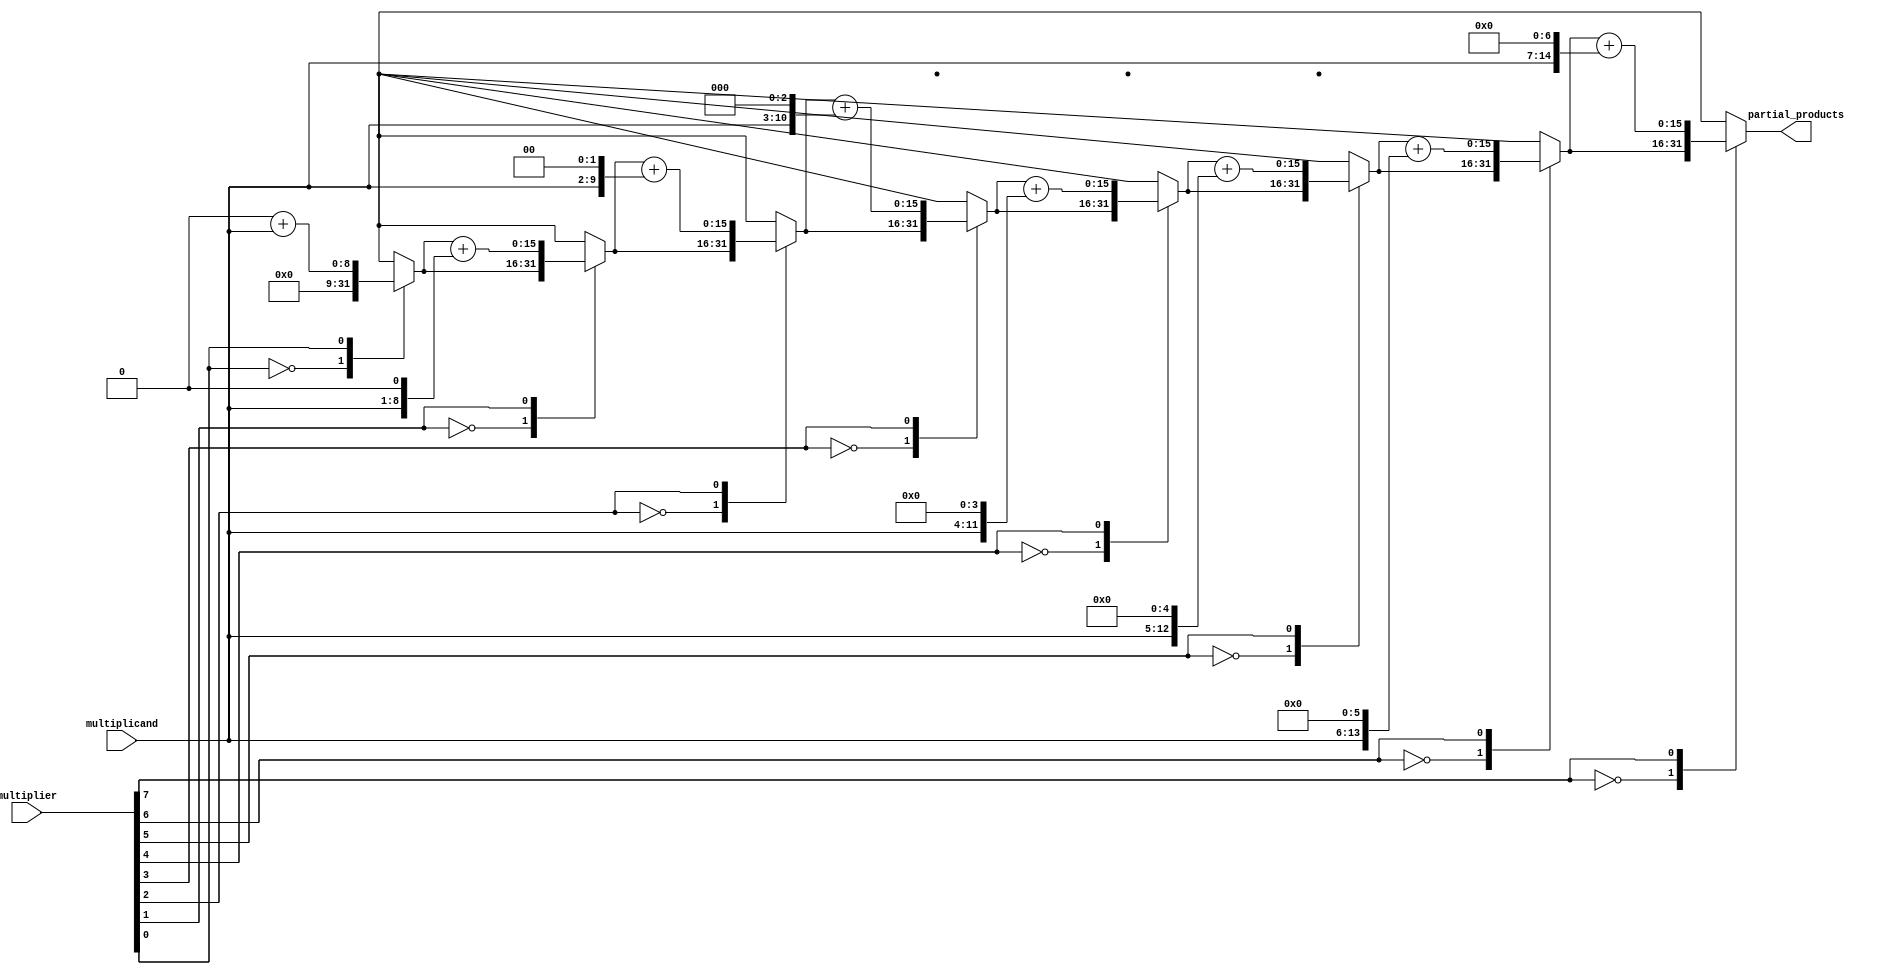
module booth_encoder(
    input [m-1:0] multiplier,
    input [n-1:0] multiplicand,
    output reg [2*n-1:0] partial_products
);
    parameter n = 8; // Bit width of multiplicand
    parameter m = 8; // Bit width of multiplier

    reg [1:0] prev_bit;
    integer i;

    always @(*) begin
        partial_products = 0;
        prev_bit = 2'b00; // Initialize previous bit to 0

        for (i = 0; i < m; i = i + 1) begin
            case ({prev_bit[0], multiplier[i]})
                2'b00: partial_products = partial_products; // No action
                2'b01: partial_products = partial_products + (multiplicand << i); // Add multiplicand
                2'b10: partial_products = partial_products - (multiplicand << i); // Subtract multiplicand
                2'b11: partial_products = partial_products; // No action
            endcase
            prev_bit = {multiplier[i], prev_bit[0]}; // Update previous bit
        end
    end
endmodule